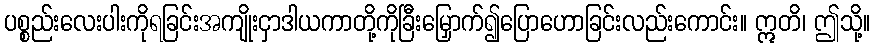
ပစ္စည်းလေးပါးကိုရခြင်းအကျိုးငှာဒါယကာတို့ကိုခြီးမြှောက်၍ပြောဟောခြင်းလည်းကောင်း။ ဣတိ၊ ဤသို့။